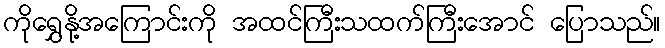
ကိုရွှေနို့အကြောင်းကို အထင်ကြီးသထက်ကြီးအောင် ပြောသည်။